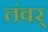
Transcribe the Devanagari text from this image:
तंवर्